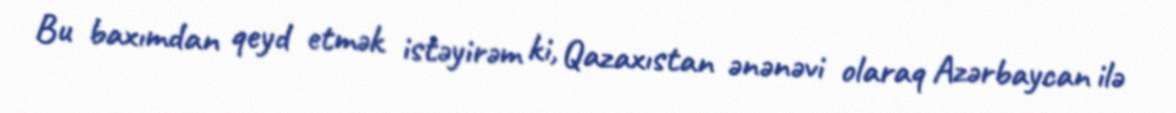
Bu baxımdan qeyd etmək istəyirəm ki, Qazaxıstan ənənəvi olaraq Azərbaycan ilə